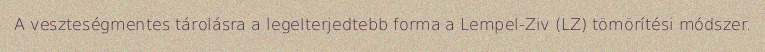
A veszteségmentes tárolásra a legelterjedtebb forma a Lempel-Ziv (LZ) tömörítési módszer.